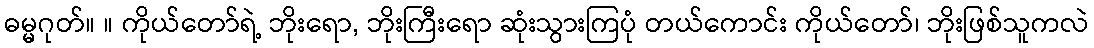
ဓမ္မဂုတ်။ ။ ကိုယ်တော်ရဲ့ ဘိုးရော, ဘိုးကြီးရော ဆုံးသွားကြပုံ တယ်ကောင်း ကိုယ်တော်၊ ဘိုးဖြစ်သူကလဲ